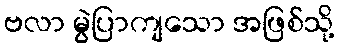
ဗလာ မွဲပြာကျသော အဖြစ်သို့